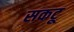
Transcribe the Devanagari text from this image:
सकटू